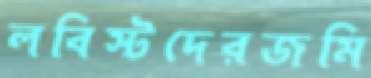
লবিস্টদেরজমি